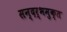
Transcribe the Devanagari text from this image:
सन्दर्भमुक्त